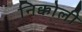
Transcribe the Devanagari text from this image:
निक्कोली